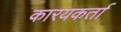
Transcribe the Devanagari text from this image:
कारयकर्ता